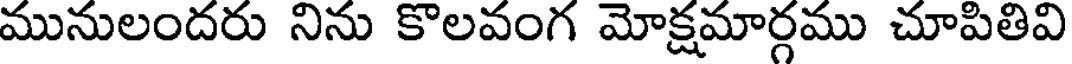
మునులందరు నిను కొలవంగ మోక్షమార్గము చూపితివి